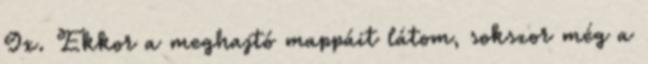
9x. Ekkor a meghajtó mappáit látom, sokszor még a